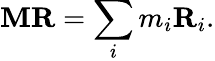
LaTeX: \mathbf{M}\mathbf{{R}}=\sum_{i}m_{i}\mathbf{{R}}_{i}.